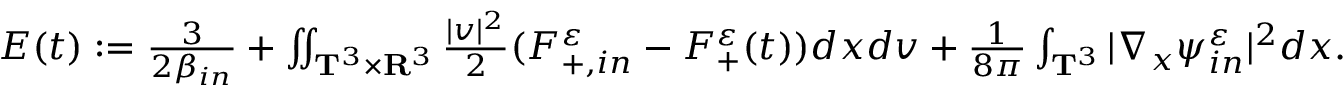
\begin{array} { r } { E ( t ) : = \frac { 3 } { 2 \beta _ { i n } } + \iint _ { \mathbf T ^ { 3 } \times \mathbf R ^ { 3 } } \frac { | v | ^ { 2 } } { 2 } ( F _ { + , i n } ^ { \varepsilon } - F _ { + } ^ { \varepsilon } ( t ) ) d x d v + \frac { 1 } { 8 \pi } \int _ { \mathbf T ^ { 3 } } | \nabla _ { x } \psi _ { i n } ^ { \varepsilon } | ^ { 2 } d x . } \end{array}